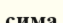
сима